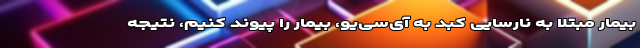
بیمار مبتلا به نارسایی کبد به آی‌سی‌یو، بیمار را پیوند کنیم، نتیجه